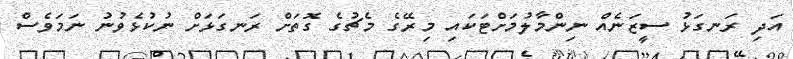
އަދި ރަނގަޅު ސީޒަނެއް ނިންމާލުމަށްޓަކައި މިރޭގެ މެޗުގެ ގޮތަށް ރަނގަޅަށް ނުކުޅެވުނު ނަމަވެސް